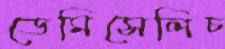
ডেমিসেলিচ